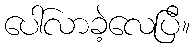
ပေါ်လာခဲ့လေပြီ။